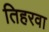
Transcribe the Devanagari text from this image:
तिहरवा